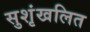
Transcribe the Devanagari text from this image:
सुशृंखलित